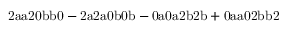
\mathrm { 2 a a 2 0 b b 0 - 2 a 2 a 0 b 0 b - 0 a 0 a 2 b 2 b + 0 a a 0 2 b b 2 }